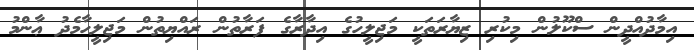
އިމާދުއްދީން ސްކޫލުން މިކުރި ޒިޔާރަތަކީ މަޖިލީހުގެ އިދާރާގެ ފަރާތުން ރައްޔިތުން މަޖިލީހާމެދު ޢާންމު